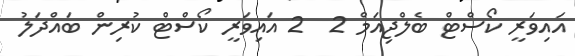
އައިވަރީ ކޯސްޓް ބެލްޖިއަމް 2  2 އައިވަރީ ކޯސްޓް ކުރިން ބައްދަލު